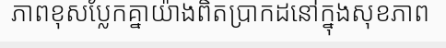
ភាពខុសប្លែកគ្នាយ៉ាងពិតប្រាកដនៅក្នុងសុខភាព